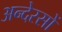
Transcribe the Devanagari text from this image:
अन्देरसों